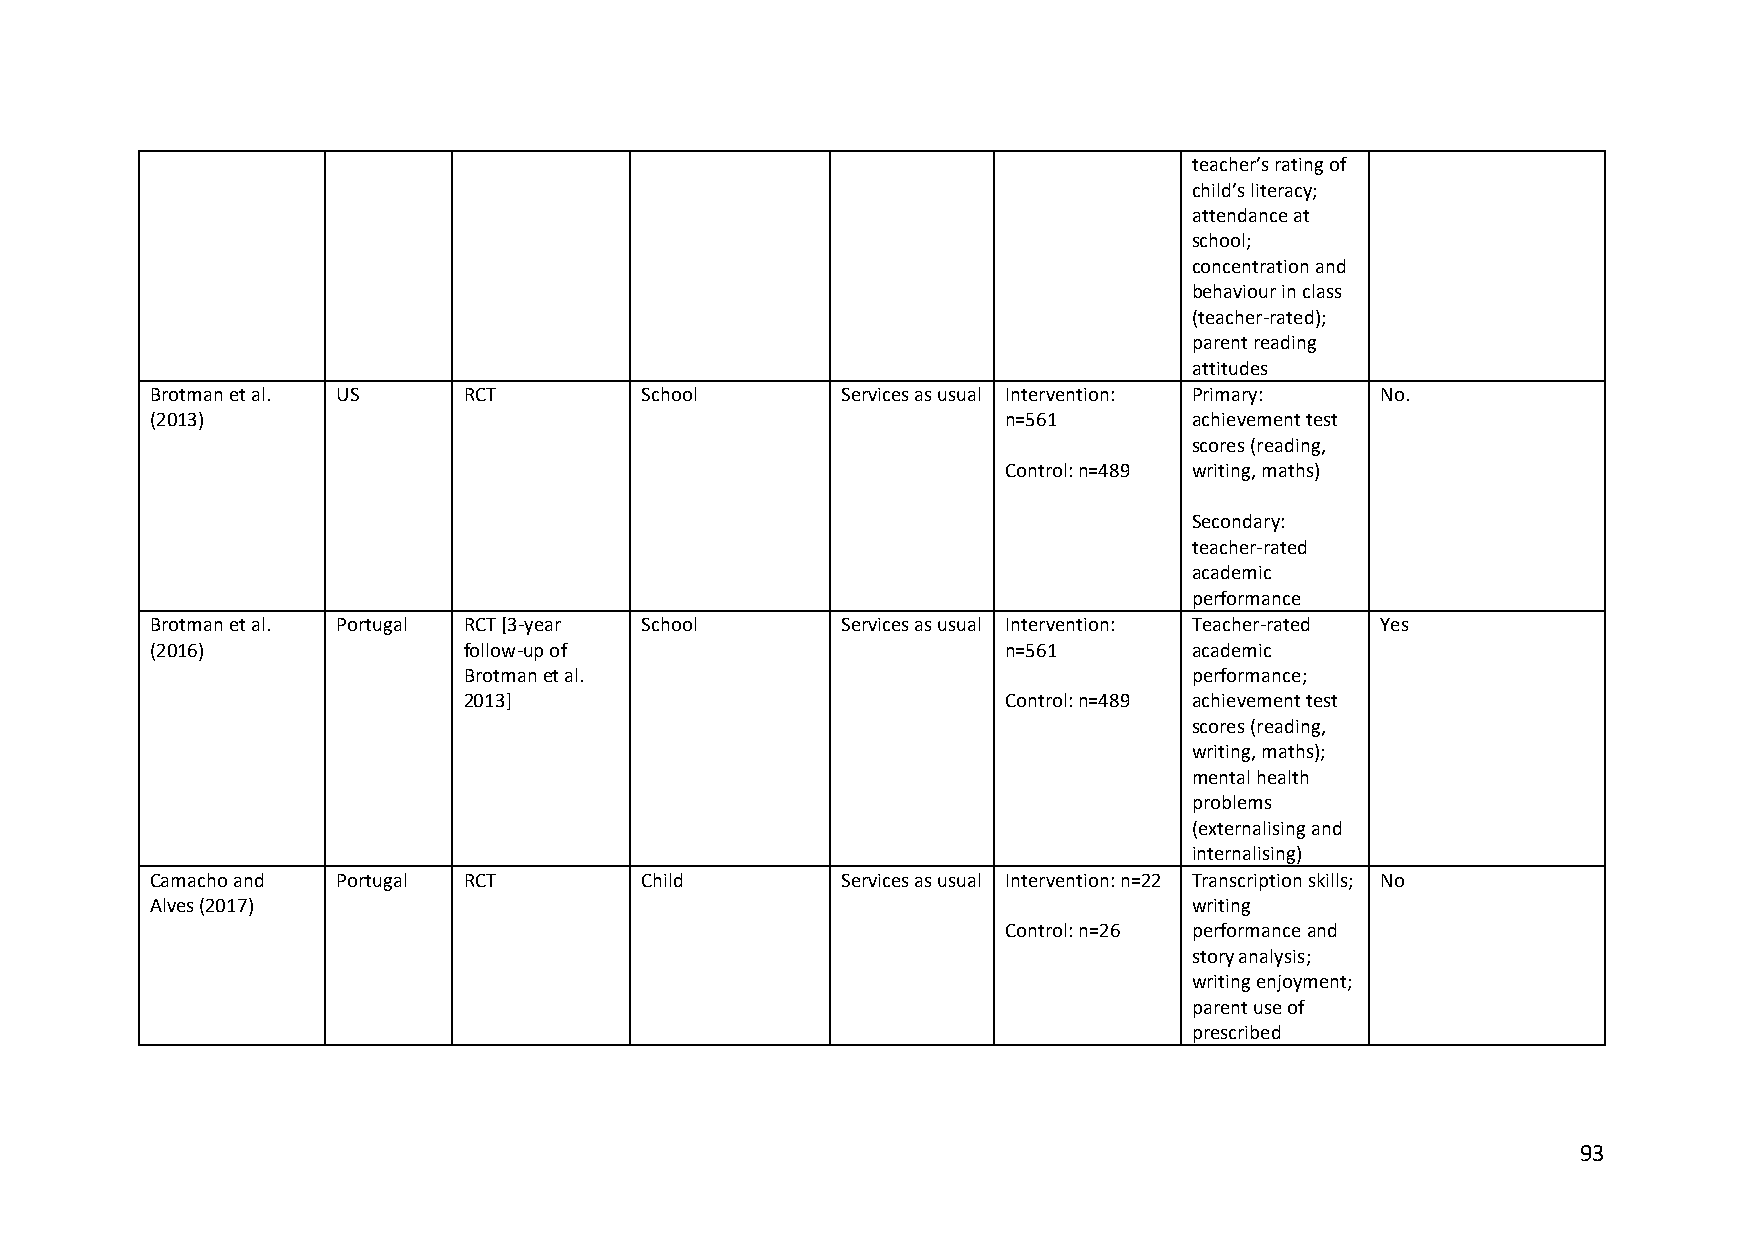
teacher’s rating of
 child’s literacy;
 attendance at
 school;
 concentration and
 behaviour in class
 (teacher-rated);
 parent reading
 attitudes
 Brotman et al. US    RCT        School        Services as usual Intervention: Primary: No.
 (2013)                                                  n=561        achievement test
 scores (reading,
 Control: n=489 writing, maths)
 Secondary:
 teacher-rated
 academic
 performance
 Brotman et al. Portugal RCT [3-year School    Services as usual Intervention: Teacher-rated Yes
 (2016)               follow-up of                       n=561        academic
 Brotman et al.                                  performance;
 2013]                              Control: n=489 achievement test
 scores (reading,
 writing, maths);
 mental health
 problems
 (externalising and
 internalising)
 Camacho and Portugal RCT        Child         Services as usual Intervention: n=22 Transcription skills; No
 Alves (2017)                                                         writing
 Control: n=26 performance and
 story analysis;
 writing enjoyment;
 parent use of
 prescribed
 93